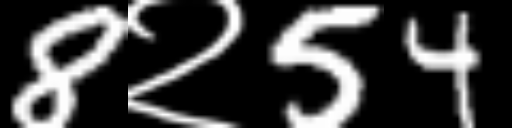
Text: 8२54